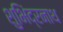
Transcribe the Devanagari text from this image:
शुभिंद्रनाथ